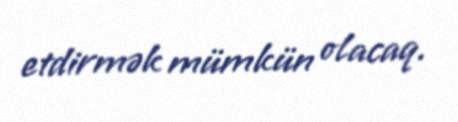
etdirmək mümkün olacaq.